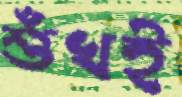
শুঁখই